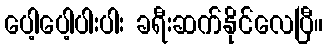
ပေါ့ပေါ့ပါးပါး ခရီးဆက်နိုင်လေပြီ။